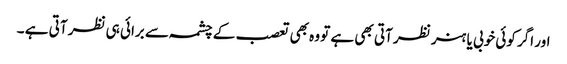
اور اگر کوئی خوبی یا ہنر نظر آتی بھی ہے تو وہ بھی تعصب کے چشمہ سے برائی ہی نظر آتی ہے ۔